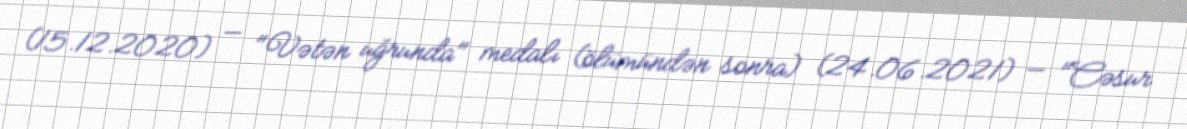
(15.12.2020) — "Vətən uğrunda" medalı (ölümündən sonra) (24.06.2021) — "Cəsur